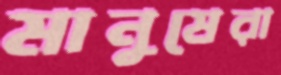
মানুষেরা